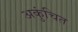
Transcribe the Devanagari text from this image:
अकुंचित